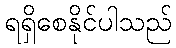
ရရှိစေနိုင်ပါသည်